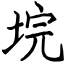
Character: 垸